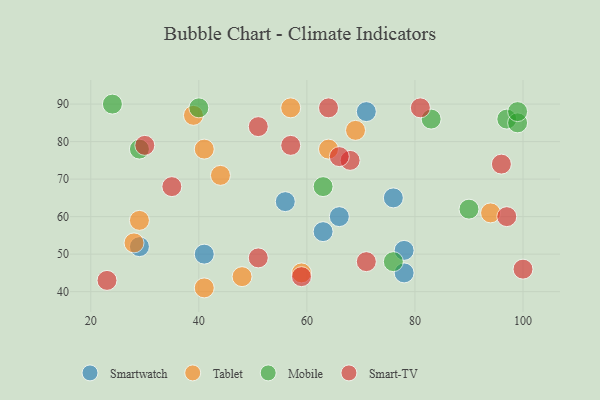
{"axis": {"x": "GDP", "y": "Life Expectancy"}, "legend": ["Mobile", "Smart-TV", "Smartwatch", "Tablet"], "data": [{"x": "56", "y": 64, "type": "Smartwatch"}, {"x": "66", "y": 60, "type": "Smartwatch"}, {"x": "63", "y": 56, "type": "Smartwatch"}, {"x": "76", "y": 65, "type": "Smartwatch"}, {"x": "71", "y": 88, "type": "Smartwatch"}, {"x": "41", "y": 50, "type": "Smartwatch"}, {"x": "78", "y": 51, "type": "Smartwatch"}, {"x": "78", "y": 45, "type": "Smartwatch"}, {"x": "29", "y": 52, "type": "Smartwatch"}, {"x": "44", "y": 71, "type": "Tablet"}, {"x": "48", "y": 44, "type": "Tablet"}, {"x": "59", "y": 45, "type": "Tablet"}, {"x": "29", "y": 59, "type": "Tablet"}, {"x": "41", "y": 41, "type": "Tablet"}, {"x": "57", "y": 89, "type": "Tablet"}, {"x": "64", "y": 78, "type": "Tablet"}, {"x": "94", "y": 61, "type": "Tablet"}, {"x": "28", "y": 53, "type": "Tablet"}, {"x": "69", "y": 83, "type": "Tablet"}, {"x": "39", "y": 87, "type": "Tablet"}, {"x": "41", "y": 78, "type": "Tablet"}, {"x": "90", "y": 62, "type": "Mobile"}, {"x": "83", "y": 86, "type": "Mobile"}, {"x": "97", "y": 86, "type": "Mobile"}, {"x": "99", "y": 85, "type": "Mobile"}, {"x": "76", "y": 48, "type": "Mobile"}, {"x": "63", "y": 68, "type": "Mobile"}, {"x": "99", "y": 88, "type": "Mobile"}, {"x": "29", "y": 78, "type": "Mobile"}, {"x": "40", "y": 89, "type": "Mobile"}, {"x": "24", "y": 90, "type": "Mobile"}, {"x": "71", "y": 48, "type": "Smart-TV"}, {"x": "51", "y": 84, "type": "Smart-TV"}, {"x": "100", "y": 46, "type": "Smart-TV"}, {"x": "68", "y": 75, "type": "Smart-TV"}, {"x": "81", "y": 89, "type": "Smart-TV"}, {"x": "23", "y": 43, "type": "Smart-TV"}, {"x": "64", "y": 89, "type": "Smart-TV"}, {"x": "30", "y": 79, "type": "Smart-TV"}, {"x": "57", "y": 79, "type": "Smart-TV"}, {"x": "51", "y": 49, "type": "Smart-TV"}, {"x": "96", "y": 74, "type": "Smart-TV"}, {"x": "35", "y": 68, "type": "Smart-TV"}, {"x": "97", "y": 60, "type": "Smart-TV"}, {"x": "59", "y": 44, "type": "Smart-TV"}, {"x": "66", "y": 76, "type": "Smart-TV"}]}